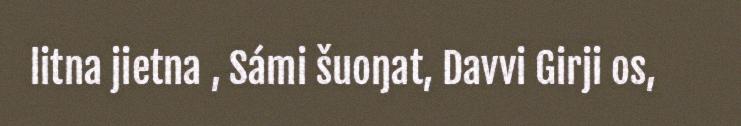
litna jietna , Sámi šuoŋat, Davvi Girji os,